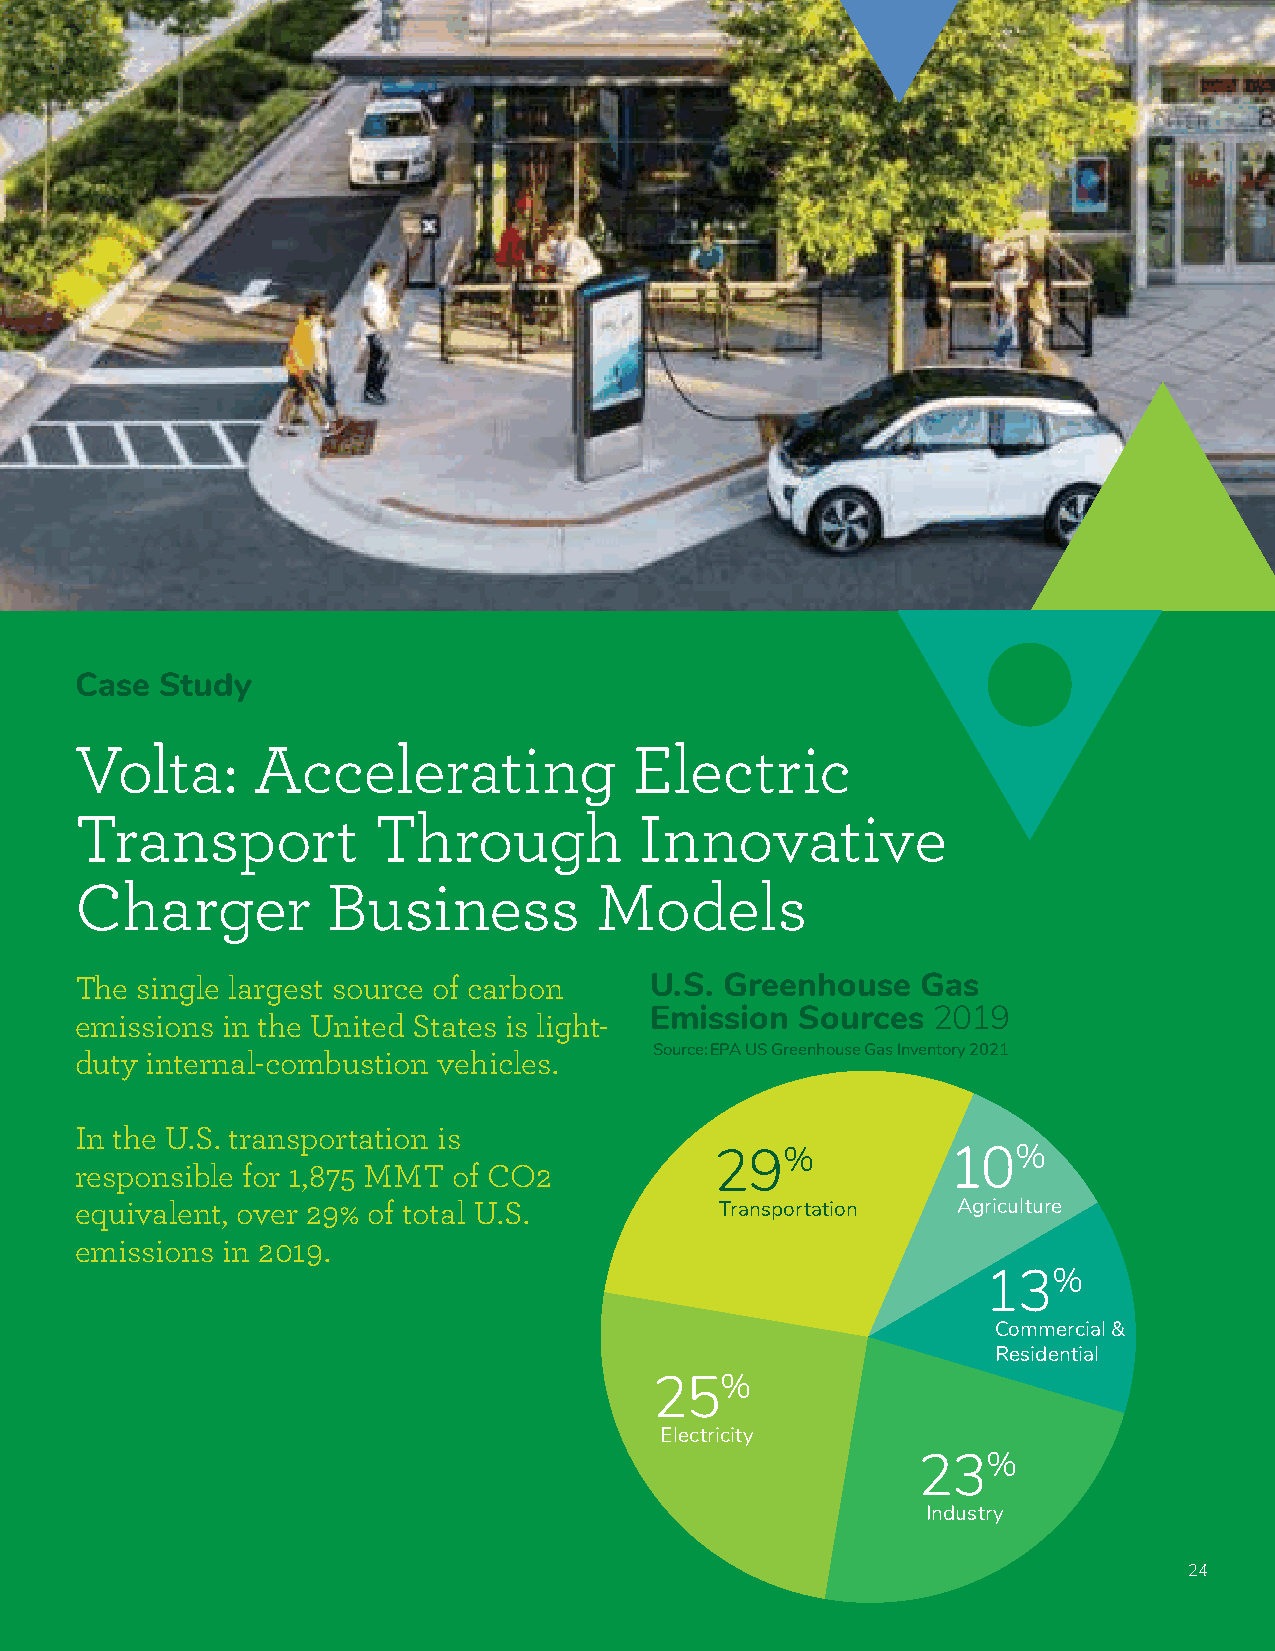
Case  Study
 Volta:      Accelerating             Electric
 Transport           Through          Innovative
 Charger          Business         Models
 The single largest source of carbon   U.S. Greenhouse   Gas
 Emission  Sources  2019
 emissions in the United States is light-
 Source: EPA US Greenhouse Gas Inventory 2021
 duty internal-combustion vehicles.
 In the U.S. transportation is
 29%             10%
 responsible for 1,875 MMT of CO2
 equivalent, over 29% of total U.S.         Transportation Agriculture
 emissions in 2019.
 13%
 Commercial &
 Residential
 25%
 Electricity
 23%
 Industry
 24